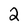
Character: 2